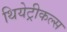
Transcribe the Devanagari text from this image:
थियेट्रीकल्स